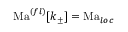
\mathrm { M a } ^ { ( f l ) } [ k _ { \pm } ] = \mathrm { M a } _ { l o c }